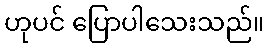
ဟုပင် ပြောပါသေးသည်။